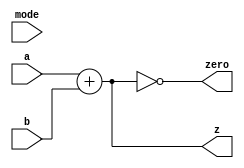
module ALU( 
    output [31:0] z, 
    output zero,
    input [31:0] a, b, 
    input [3:0] mode
);
    assign z = a + b;
    assign zero = z == 0;
endmodule